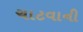
ચાટવાની